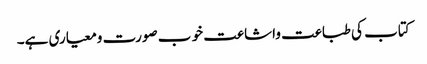
کتاب کی طباعت واشاعت خو ب صورت ومعیاری ہے۔